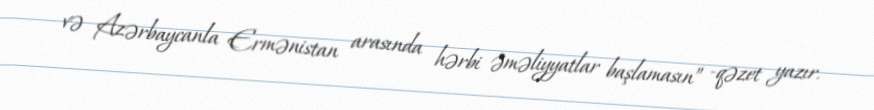
və Azərbaycanla Ermənistan arasında hərbi əməliyyatlar başlamasın” -qəzet yazır.